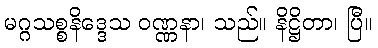
မဂ္ဂသစ္စနိဒ္ဒေသ ဝဏ္ဏနာ၊ သည်။ နိဋ္ဌိတာ၊ ပြီ။